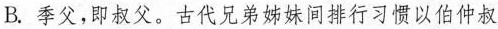
B.季父，即叔父。古代兄弟姊妹间排行习惯以伯仲叔